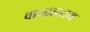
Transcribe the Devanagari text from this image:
वानप्रस्तम